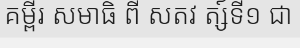
គម្ពីរ សមាធិ ពី សតវ ត្ស៍ទី១ ជា